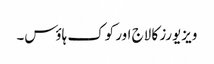
ویزیورز کا لاج اور کوک ہاؤس۔